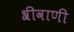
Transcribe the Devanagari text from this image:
श्रीवाणी